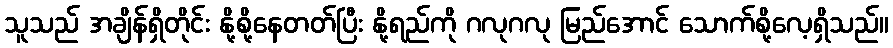
သူသည် အချိန်ရှိတိုင်း နို့စို့နေတတ်ပြီး နို့ရည်ကို ဂလုဂလု မြည်အောင် သောက်စို့လေ့ရှိသည်။